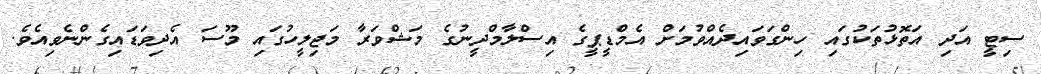
ސިޓީ އަދި އަތޮޅުތަކުގައި ހިންގަވައިދެއްވުމަށް އެމްޑީޕީގެ އިސްލާމްދީނުގެ މަޝްވަރާ މަޖިލީހުގައި މޫސަ އެދިވަޑައިގެންނެވިއެވެ.